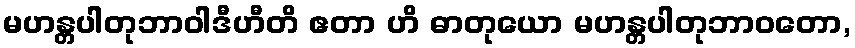
မဟန္တပါတုဘာဝါဒီဟီတိ ဧတာ ဟိ ဓာတုယော မဟန္တပါတုဘာဝတော,